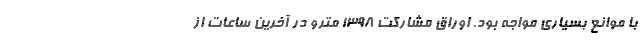
با موانع بسیاری مواجه بود. اوراق مشارکت ۱۳۹۸ مترو در آخرین ساعات از